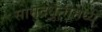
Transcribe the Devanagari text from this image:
सामुद्रधुनीमध्ये